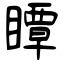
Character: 瞫